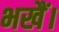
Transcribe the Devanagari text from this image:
भखैं।